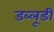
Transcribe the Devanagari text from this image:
डब्लूडी